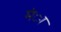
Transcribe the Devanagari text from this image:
मंा